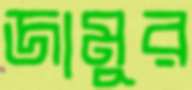
জামুর